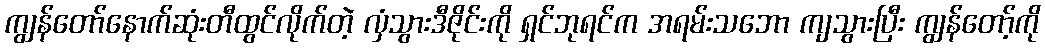
ကျွန်တော်နောက်ဆုံးတီထွင်လိုက်တဲ့ လှံသွားဒီဇိုင်းကို ရှင်ဘုရင်က အရမ်းသဘော ကျသွားပြီး ကျွန်တော့်ကို